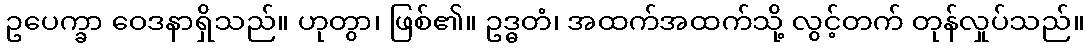
ဥပေက္ခာ ဝေဒနာရှိသည်။ ဟုတွာ၊ ဖြစ်၏။ ဥဒ္ဓတံ၊ အထက်အထက်သို့ လွင့်တက် တုန်လှုပ်သည်။